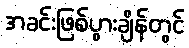
အခင်းဖြစ်ပွားချိန်တွင်